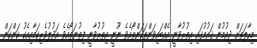
މިހާލަތަށް ދިއުމުން ޤައުމުގައި އިތުރުވާނީ އެއްބައިވަންތަކަންތޯއެވެ ނޫނީ އިތުރުވާނީ ފިތުނަތޯއެވެ އަދުލުވެރިކަމާއިއެކު ކަންކަން